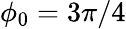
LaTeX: \phi_{0}=3\pi/4